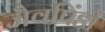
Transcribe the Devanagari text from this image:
जैवपिंडों